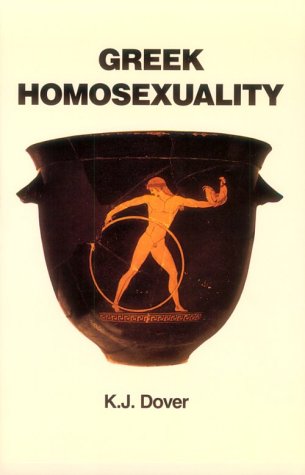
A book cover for Greek Homosexuality: Updated and with a new Postscript; K. J. Dover; Gay & Lesbian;